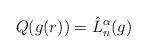
\begin{align*}Q(g(r))=\hat{L}_n^{\alpha}(g)\end{align*}